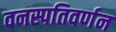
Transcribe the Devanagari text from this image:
वनस्पतिवर्णन